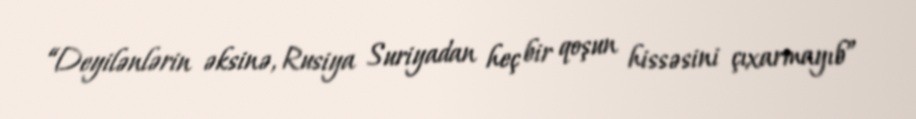
“Deyilənlərin əksinə, Rusiya Suriyadan heç bir qoşun hissəsini çıxarmayıb”